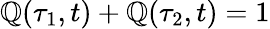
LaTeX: \mathbb{Q}(\tau_{1},t)+\mathbb{Q}(\tau_{2},t)=1